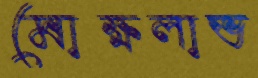
মোক্ষলাভ